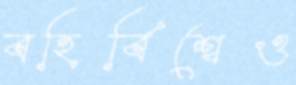
বহির্বিশ্বেও